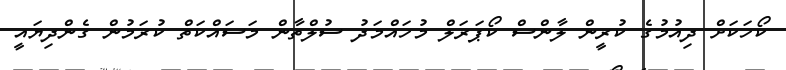
ކޯހަކަށް ދިއުމުގެ ކުރީން ލާންސް ކޯޕަރަލް މުހައްމަދު ސުލްތާން މަސައްކަތް ކުރަމުން ގެންދިޔައީ